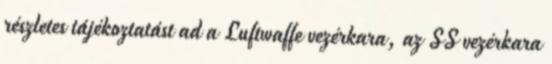
részletes tájékoztatást ad a Luftwaffe vezérkara, az SS vezérkara